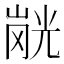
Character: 𭗂